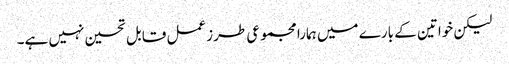
لیکن خواتین کے بارے میں ہمارا مجموعی طرزعمل قابل تحسین نہیں ہے۔